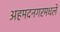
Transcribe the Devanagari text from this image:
अहमदनगरमधले